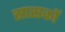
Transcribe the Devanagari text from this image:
सासकों